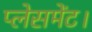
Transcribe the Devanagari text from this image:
प्लेसमेंट।